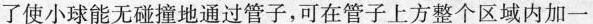
了使小球能无碰撞地通过管子，可在管子上方整个区域内加一